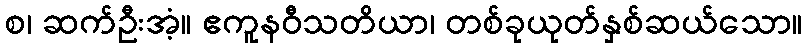
စ၊ ဆက်ဦးအံ့။ ဧကူနဝီသတိယာ၊ တစ်ခုယုတ်နှစ်ဆယ်သော။